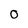
Character: O